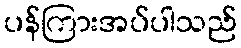
ပန်ကြားအပ်ပါသည်